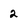
Character: 2